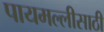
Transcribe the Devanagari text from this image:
पायमल्लीसाठी